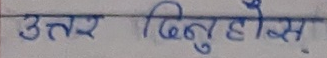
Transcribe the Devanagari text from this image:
उत्तर दिनुहोस्